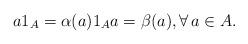
LaTeX: \begin{gather*} a1_A=\alpha (a) 1_Aa=\beta (a), \forall \, a\in A.\end{gather*}